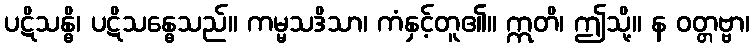
ပဋိသန္ဓိ၊ ပဋိသန္ဓေသည်။ ကမ္မသဒိသာ၊ ကံနှင့်တူ၏။ ဣတိ၊ ဤသို့။ န ဝတ္တဗ္ဗာ၊